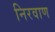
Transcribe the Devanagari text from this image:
निरवाण